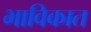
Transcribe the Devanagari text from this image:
भाविकात